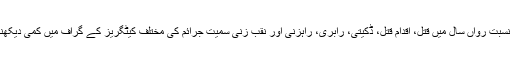
سال 2015کی نسبت رواں سال میں قتل، اقدام قتل، ڈکیتی، رابری، راہزنی اور نقب زنی سمیت جرائم کی مختلف کیٹگریز کے گراف میں کمی دیکھنے میں آئی ہے۔